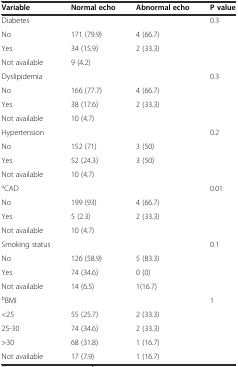
<table><thead><tr><td><b>Variable</b></td><td><b>Normal echo</b></td><td><b>Abnormal echo</b></td><td><b>P value</b></td></tr></thead><tbody><tr><td>Diabetes</td><td></td><td></td><td>0.3</td></tr><tr><td>No</td><td>171 (79.9)</td><td>4 (66.7)</td><td></td></tr><tr><td>Yes</td><td>34 (15.9)</td><td rowspan="2">2 (33.3)</td><td rowspan="2"></td></tr><tr><td>Not available</td><td>9 (4.2)</td></tr><tr><td>Dyslipidemia</td><td></td><td></td><td>0.3</td></tr><tr><td>No</td><td>166 (77.7)</td><td>4 (66.7)</td><td></td></tr><tr><td>Yes</td><td>38 (17.6)</td><td rowspan="2">2 (33.3)</td><td rowspan="2"></td></tr><tr><td>Not available</td><td>10 (4.7)</td></tr><tr><td>Hypertension</td><td></td><td></td><td>0.2</td></tr><tr><td>No</td><td>152 (71)</td><td>3 (50)</td><td></td></tr><tr><td>Yes</td><td>52 (24.3)</td><td rowspan="2">3 (50)</td><td rowspan="2"></td></tr><tr><td>Not available</td><td>10 (4.7)</td></tr><tr><td><sup>a</sup>CAD</td><td></td><td></td><td>0.01</td></tr><tr><td>No</td><td>199 (93)</td><td>4 (66.7)</td><td></td></tr><tr><td>Yes</td><td>5 (2.3)</td><td rowspan="2">2 (33.3)</td><td rowspan="2"></td></tr><tr><td>Not available</td><td>10 (4.7)</td></tr><tr><td>Smoking status</td><td></td><td></td><td>0.1</td></tr><tr><td>No</td><td>126 (58.9)</td><td>5 (83.3)</td><td></td></tr><tr><td>Yes</td><td>74 (34.6)</td><td>0 (0)</td><td rowspan="2"></td></tr><tr><td>Not available</td><td>14 (6.5)</td><td>1(16.7)</td></tr><tr><td><sup>b</sup>BMI</td><td></td><td></td><td>1</td></tr><tr><td>&lt;25</td><td>55 (25.7)</td><td>2 (33.3)</td><td></td></tr><tr><td>25-30</td><td>74 (34.6)</td><td>2 (33.3)</td><td></td></tr><tr><td>&gt;30</td><td>68 (31.8)</td><td>1 (16.7)</td><td rowspan="2"></td></tr><tr><td>Not available</td><td>17 (7.9)</td><td>1 (16.7)</td></tr></tbody></table>